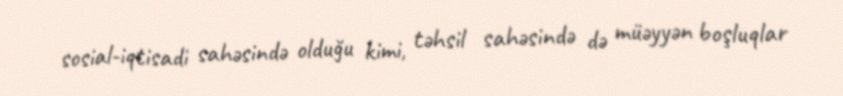
sosial-iqtisadi sahəsində olduğu kimi, təhsil sahəsində də müəyyən boşluqlar